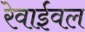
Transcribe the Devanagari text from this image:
रेवाईवल